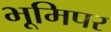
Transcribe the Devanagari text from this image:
भूमिपर